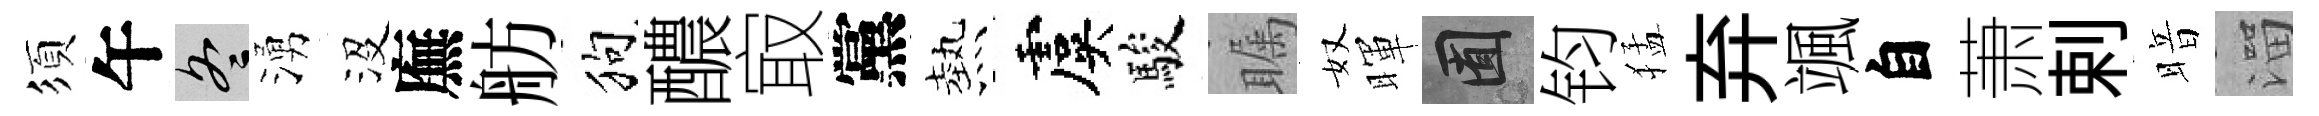
須午冬湧沒廡舫狗醲㝡黨熱虞駿瞩奴暉囿钧猛弃颯自萧剌暗溜